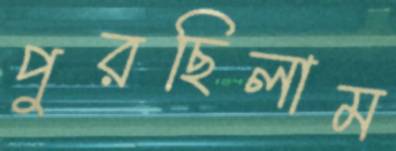
পুরছিলাম